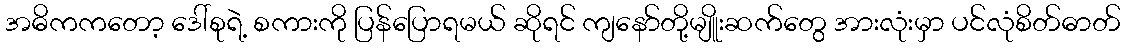
အဓိကကတော့ ဒေါ်စုရဲ့ စကားကို ပြန်ပြောရမယ် ဆိုရင် ကျနော်တို့မျိူးဆက်တွေ အားလုံးမှာ ပင်လုံစိတ်ဓာတ်